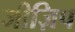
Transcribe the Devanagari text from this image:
जीज़िप